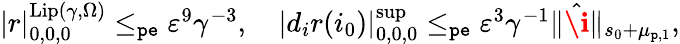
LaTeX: \begin{array}{r}{|r|_{0,0,0}^{\mathrm{Lip}(\gamma,\Omega)}\le_{\mathtt{pe}}\varepsilon^{9}\gamma^{-3},\quad|d_{i}r(i_{0})|_{0,0,0}^{\operatorname*{sup}}\le_{\mathtt{pe}}\varepsilon^{3}\gamma^{-1}\rVert\hat{\textbf{\i}}\rVert_{s_{0}+\mu_{\mathtt{p},1}},}\end{array}